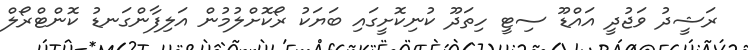
ރަޝީދު ވަޖުދީ އައްޑޫ ސިޓީ ހިތަދޫ ކުނިކޮށީގައި ބަޔަކު ރޯކޮށްލުމުން އަލިފާންގަނޑު ކޮންޓްރޯލް